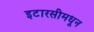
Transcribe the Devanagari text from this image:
इटारसीमधून